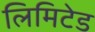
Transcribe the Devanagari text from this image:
लिमिटेड